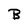
Character: B